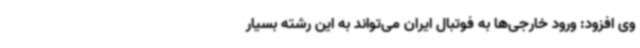
وی افزود: ورود خارجی‌ها به فوتبال ایران می‌تواند به این رشته بسیار